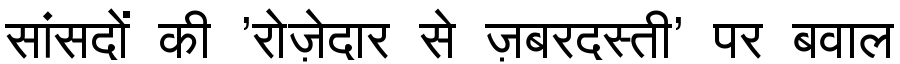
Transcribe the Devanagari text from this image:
सांसदों की 'रोज़ेदार से ज़बरदस्ती' पर बवाल